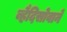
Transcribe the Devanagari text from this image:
व्हैदिसोवाने